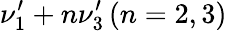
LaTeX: \nu_{1}^{\prime}+n\nu_{3}^{\prime}\, (n=2,3)